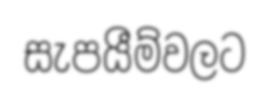
සැපයීම්වලට